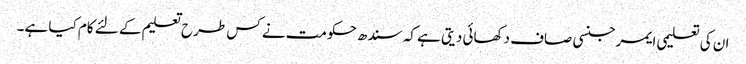
ان کی تعلیمی ایمرجنسی صاف دکھائی دیتی ہے کہ سندھ حکومت نے کس طرح تعلیم کے لئے کام کیا ہے۔